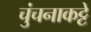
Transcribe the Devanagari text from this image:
चुंचनाकट्टे